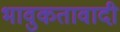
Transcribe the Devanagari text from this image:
भावुकतावादी